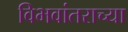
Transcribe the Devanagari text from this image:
विभवांतराच्या